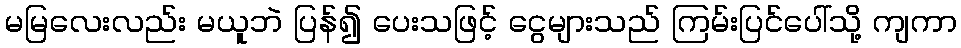
မမြလေးလည်း မယူဘဲ ပြန်၍ ပေးသဖြင့် ငွေများသည် ကြမ်းပြင်ပေါ်သို့ ကျကာ